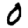
Digit: 0